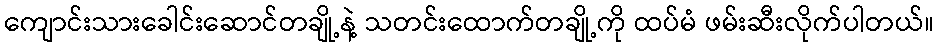
ကျောင်းသားခေါင်းဆောင်တချို့နဲ့ သတင်းထောက်တချို့ကို ထပ်မံ ဖမ်းဆီးလိုက်ပါတယ်။